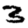
Digit: 3